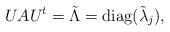
LaTeX: \begin{align*} U A U^t = \tilde{\Lambda} = \mbox{diag}(\tilde{\lambda}_j),\end{align*}